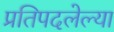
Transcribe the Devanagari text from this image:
प्रतिपदलेल्या